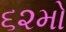
૬૨મો